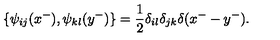
\{ \psi _ { i j } ( x ^ { - } ) , \psi _ { k l } ( y ^ { - } ) \} = \frac { 1 } { 2 } \delta _ { i l } \delta _ { j k } \delta ( x ^ { - } - y ^ { - } ) .